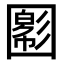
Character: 𡈪